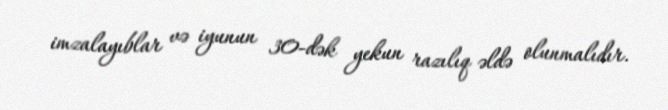
imzalayıblar və iyunun 30-dək yekun razılıq əldə olunmalıdır.